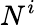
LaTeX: N^{i}